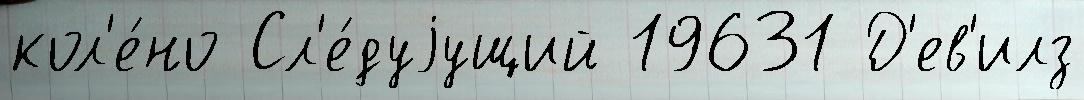
кол'е́но Сл'е́дуjущий 19631 Д'ев'илз